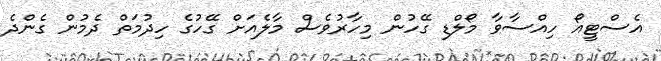
އެސްޓީއޯ ހިއްސާވާ މޯލްޑި ގޭހުން މިހާރުވެސް މާލެއަށް ގޭހުގެ ހިދުމަތް ދެމުން ގެންދެ